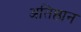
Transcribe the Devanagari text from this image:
अतिष्ठान